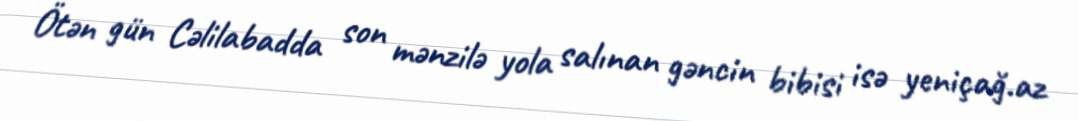
Ötən gün Cəlilabadda son mənzilə yola salınan gəncin bibisi isə yeniçağ.az